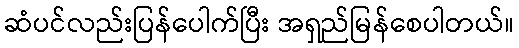
ဆံပင်လည်းပြန်ပေါက်ပြီး အရှည်မြန်စေပါတယ်။